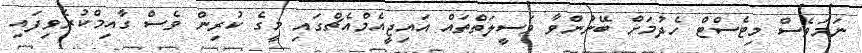
ނަމަވެސް މިޓެސްޓް ހެދުމަށް ބޭނުންވާ ވަސީލަތްތައް އައިޖީއެމްއެޗްގައި މީގެ ކުރިން ވެސް ގާއިމްކުރެވިފައި